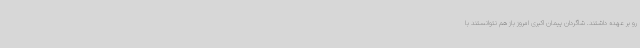
رو بر عهده داشتند. شاگردان پیمان اکبری امروز باز هم نتوانستند با